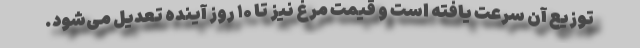
توزیع آن سرعت یافته است و قیمت مرغ نیز تا ۱۰ روز آینده تعدیل می‌شود.